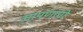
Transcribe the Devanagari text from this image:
आपणाची